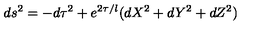
d s ^ { 2 } = - d \tau ^ { 2 } + e ^ { 2 \tau / l } ( d X ^ { 2 } + d Y ^ { 2 } + d Z ^ { 2 } )